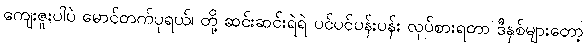
ကျေးဇူးပါပဲ မောင်တက်ပုရယ်၊ တို့ ဆင်းဆင်းရဲရဲ ပင်ပင်ပန်းပန်း လုပ်စားရတာ ဒီနှစ်များတော့